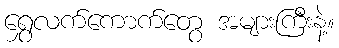
ရွှေလက်ကောက်တွေ အများကြီးနဲ့။